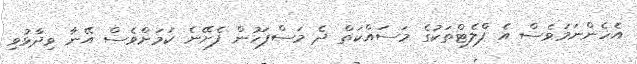
އެހެންނަމަވެސް އެ ފްލެޓްތަކުގެ މަސައްކަތް ދެ މަސްފަހުން ފެށޭނެ ކަމަށްވެސް އޭނާ ވިދާޅުވި